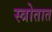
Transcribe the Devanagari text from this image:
स्त्रोतात